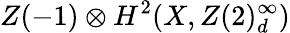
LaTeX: Z(-1)\otimes{}H^{2}(X,Z(2)_{d}^{\infty})